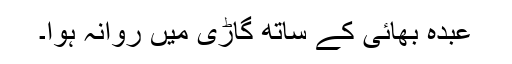
عبدہ بھائی کے ساتھ گاڑی میں روانہ ہوا۔